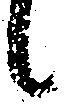
候